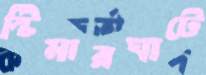
স্টিমারঘাটে